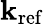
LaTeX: \mathbf k_{\mathrm{ref}}